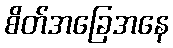
စိတ်အခြေအနေ